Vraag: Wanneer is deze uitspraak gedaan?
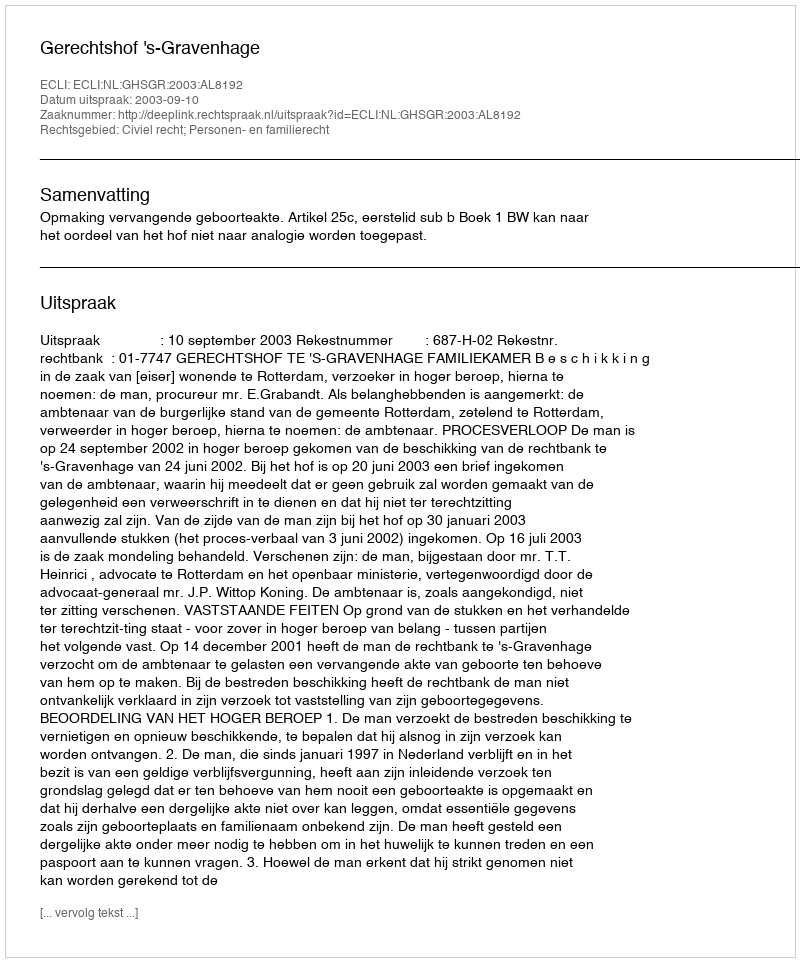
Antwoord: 2003-09-10